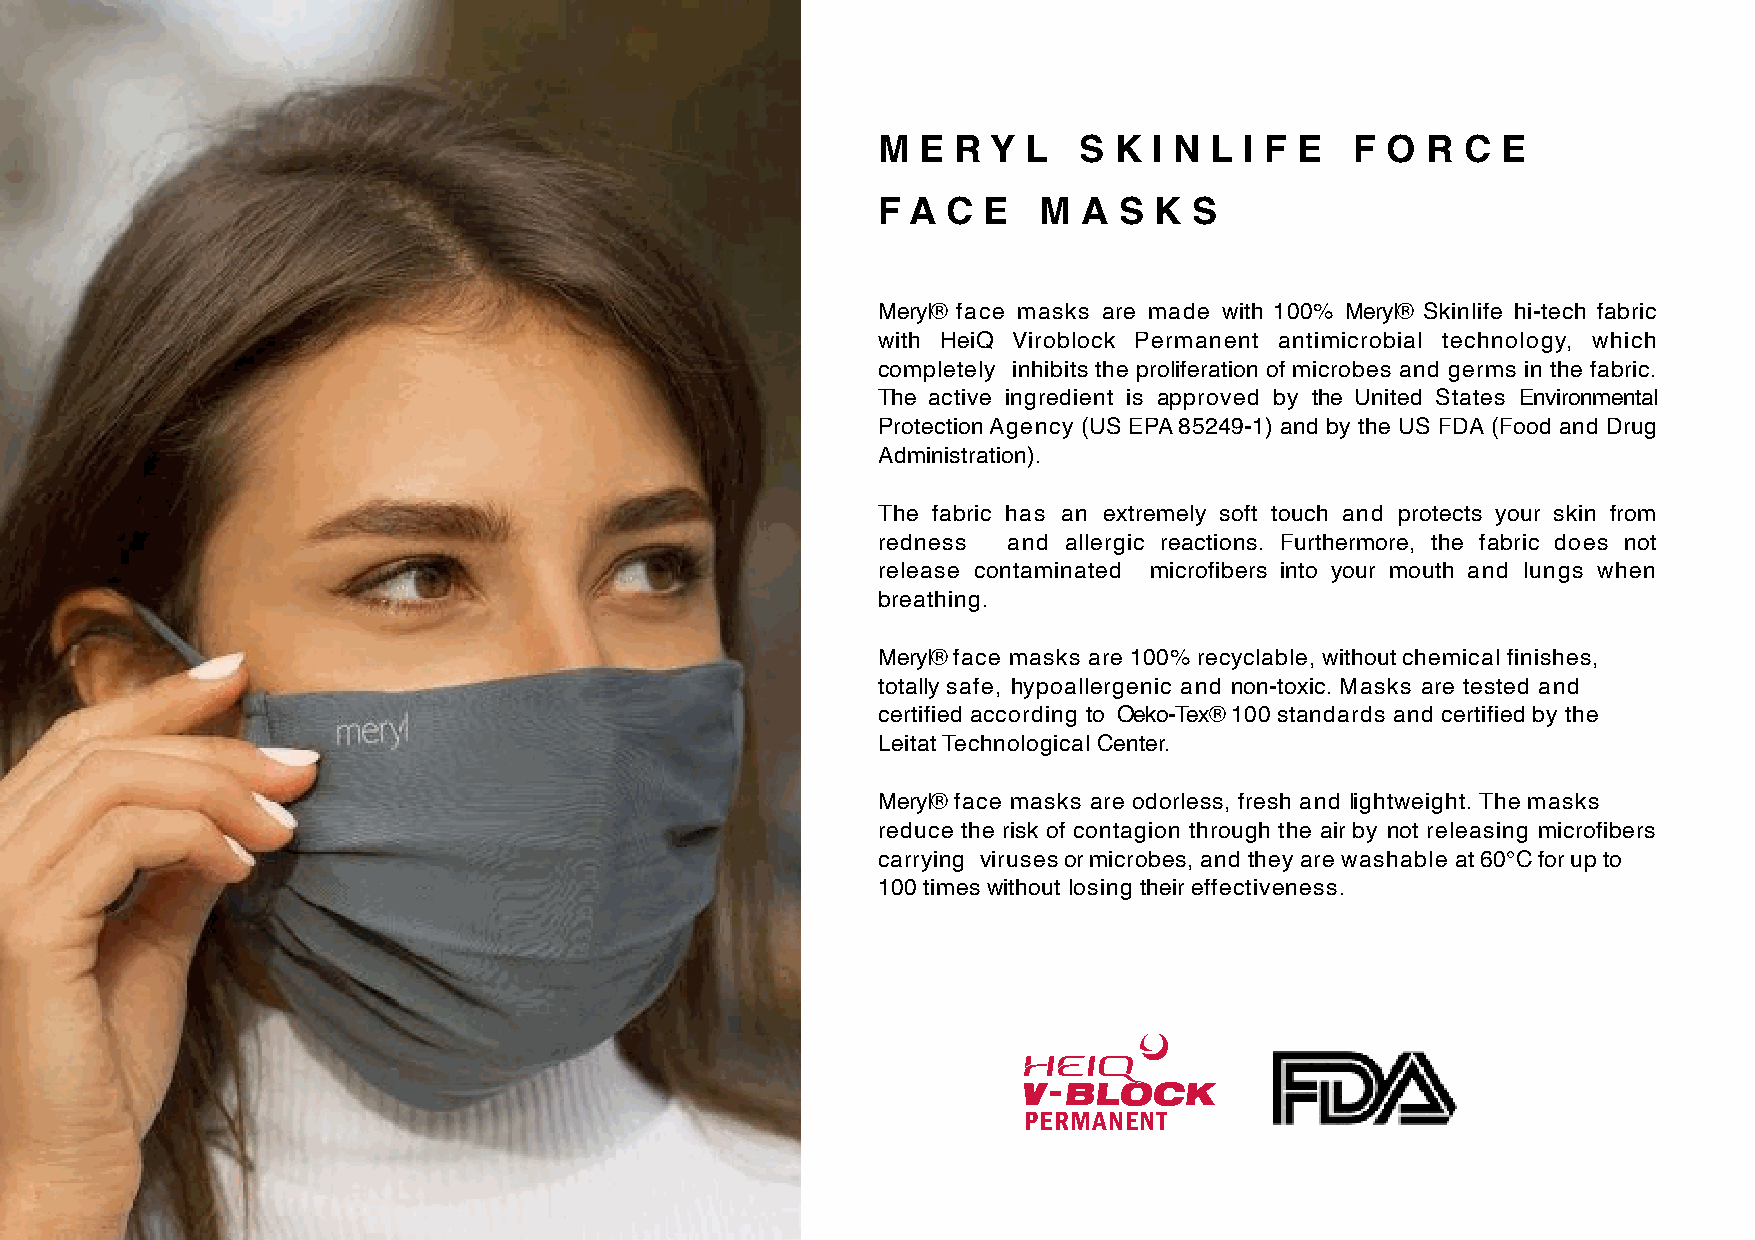
M  E R  Y L  S  K I N L I F E   F O R  C E
 F A  C E   M  A S K  S
 Meryl® face masks are made with 100% Meryl® Skinlife hi-tech fabric
 with HeiQ Viroblock Permanent antimicrobial technology, which
 completely inhibits the proliferation of microbes and germs in the fabric.
 The active ingredient is approved by the United States Environmental
 Protection Agency (US EPA 85249-1) and by the US FDA (Food and Drug
 Administration).
 The fabric has an extremely soft touch and protects your skin from
 redness  and allergic reactions. Furthermore, the fabric does not
 release contaminated microfibers into your mouth and lungs when
 breathing.
 Meryl® face masks are 100% recyclable, without chemical finishes,
 totally safe, hypoallergenic and non-toxic. Masks are tested and
 certified according to Oeko-Tex® 100 standards and certified by the
 Leitat Technological Center.
 Meryl® face masks are odorless, fresh and lightweight. The masks
 reduce the risk of contagion through the air by not releasing microfibers
 carrying viruses or microbes, and they are washable at 60°C for up to
 100 times without losing their effectiveness.